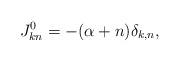
LaTeX: \begin{align*}J^{0}_{kn}=-(\alpha+n)\delta_{k,n},\end{align*}